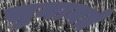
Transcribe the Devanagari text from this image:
सुनानते